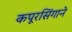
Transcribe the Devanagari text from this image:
कपूरसिंगाने